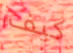
كيف